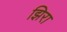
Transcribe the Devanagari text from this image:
झिरा